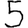
Digit: 5